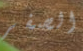
الصفر